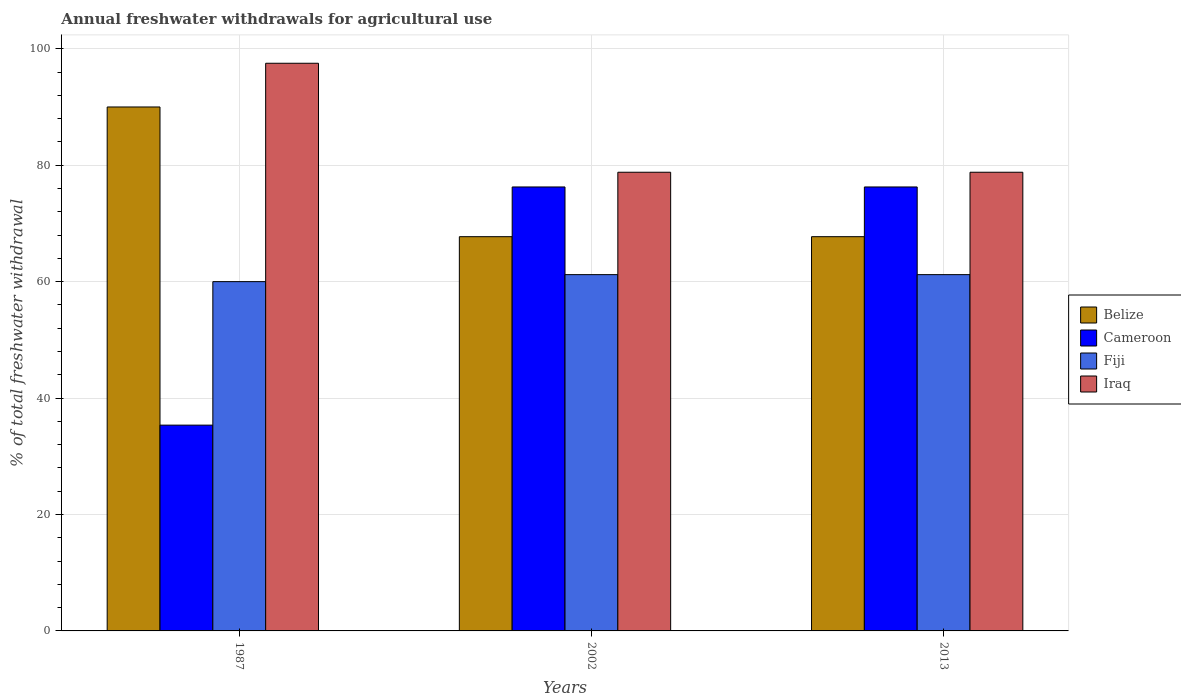
| Years | Belize | Cameroon | Fiji | Iraq |
 | --- | --- | --- | --- | --- |
 | 1987 | 90 | 35.4 | 60 | 97.5 |
 | 2002 | 67.7 | 76.3 | 61.2 | 78.8 |
 | 2013 | 67.7 | 76.3 | 61.2 | 78.8 |